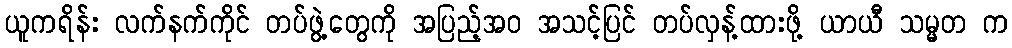
ယူကရိန်း လက်နက်ကိုင် တပ်ဖွဲ့တွေကို အပြည့်အဝ အသင့်ပြင် တပ်လှန့်ထားဖို့ ယာယီ သမ္မတ က